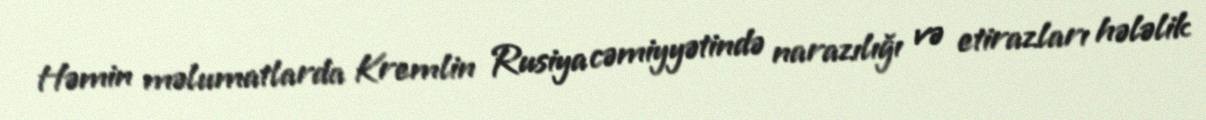
Həmin məlumatlarda Kremlin Rusiya cəmiyyətində narazılığı və etirazları hələlik